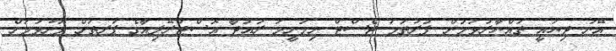
އޭނަ ދިޔައީ ތައްޔާރުވަމުން. ފުރަތަމަ ޓެސްޓް ނިމުނީމަ ރައުދާ އޮސްޓްރޭލިއާގެ ޕަރތަށް ފޮނުވުމަށް